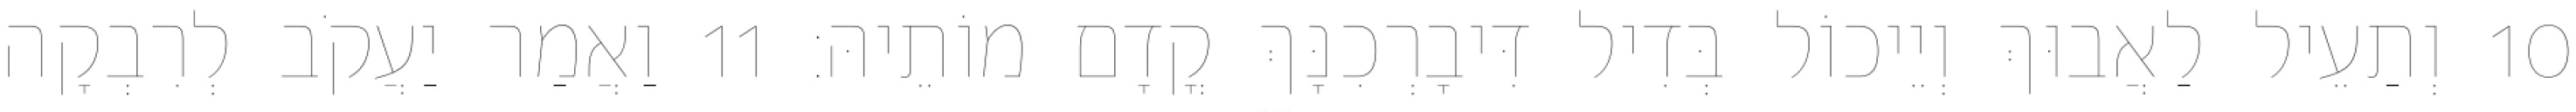
10 וְתַעֵיל לַאֲבוּךְ וְיֵיכוֹל בְּדִיל דִּיבָרְכִנָּךְ קֳדָם מוֹתֵיהּ׃ 11 וַאֲמַר יַעֲקֹב לְרִבְקָה